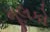
મૂલકો